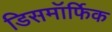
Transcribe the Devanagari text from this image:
डिसमॉर्फिक